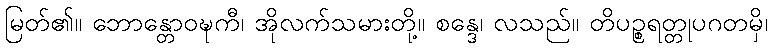
မြတ်၏။ ဘောန္တောဝဍ္ဎကီ၊ အိုလက်သမားတို့။ စန္ဒေ၊ လသည်။ တိပဉ္စရတ္တုပဂတမှိ၊